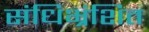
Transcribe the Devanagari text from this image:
संधिभ्रंशित